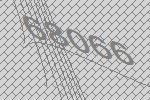
68066